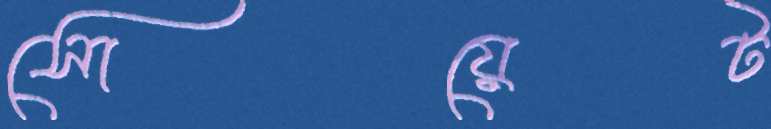
সোয়েট